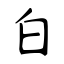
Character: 白